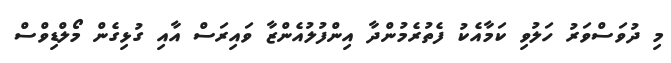
މި ދުވަސްވަރު ހަލުވި ކަމާއެކު ފެތުރެމުންދާ އިންފުލުއެންޒާ ވައިރަސް އާއި ގުޅިގެން މޯލްޑިވްސް